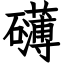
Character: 礴